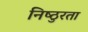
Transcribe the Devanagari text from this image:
निष्‍ठुरता